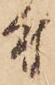
付